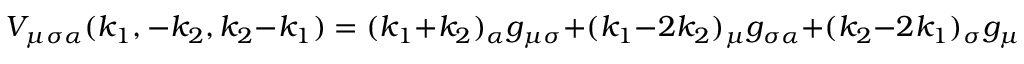
V _ { \mu \sigma \alpha } ( k _ { 1 } , - k _ { 2 } , k _ { 2 } - k _ { 1 } ) = ( k _ { 1 } + k _ { 2 } ) _ { \alpha } g _ { \mu \sigma } + ( k _ { 1 } - 2 k _ { 2 } ) _ { \mu } g _ { \sigma \alpha } + ( k _ { 2 } - 2 k _ { 1 } ) _ { \sigma } g _ { \mu \alpha } .